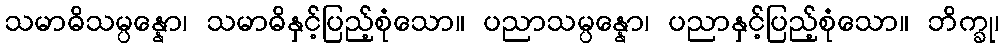
သမာဓိသမ္ပန္နော၊ သမာဓိနှင့်ပြည့်စုံသော။ ပညာသမ္ပန္နော၊ ပညာနှင့်ပြည့်စုံသော။ ဘိက္ခု၊